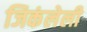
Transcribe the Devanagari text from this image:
जिकंलेली